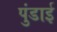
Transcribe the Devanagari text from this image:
पुंडाई